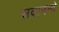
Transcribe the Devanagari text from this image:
सदानन्दे